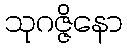
သုဂဇ္ဇိနော